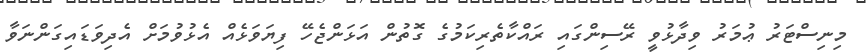
މިނިސްޓަރު ޢުމަރު ވިދާޅުވީ ރޭސިންގައި ރައްކާތެރިކަމުގެ ގޮތުން އަޅަންޖެހޭ ފިޔަވަޅެއް އެޅުވުމަށް އެދިވަޑައިގަންނަވާ